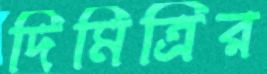
দিমিত্রির